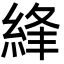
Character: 綘